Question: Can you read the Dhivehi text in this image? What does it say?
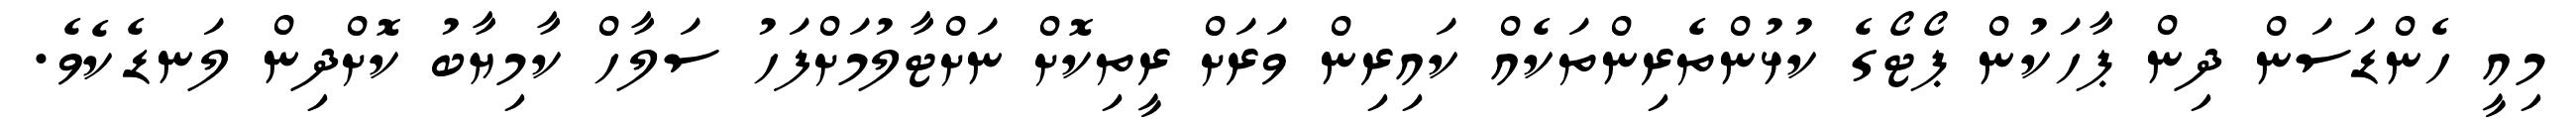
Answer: މިއީ ހެންޑަސަން ދިން ޕާހަކުން ޕޯޓޯގެ ކުޅުންތެރިންތަކެއް ކައިރިން ވަރަށް ރީތިކޮށް ނަށްޓާލުމަށްފަހު ސަލާހް ކާމިޔާބު ކޮށްދިން ލަނޑެކެވެ.